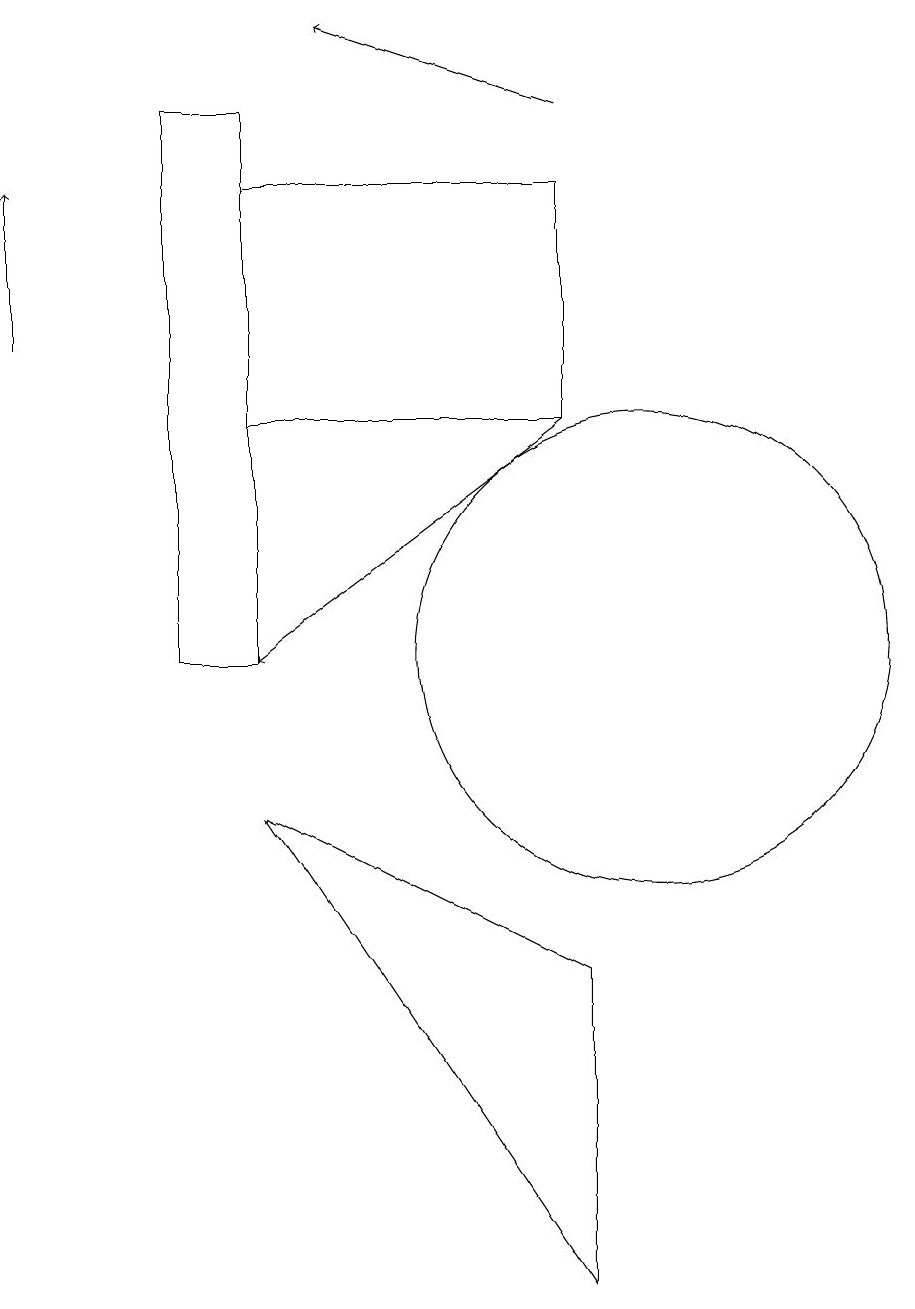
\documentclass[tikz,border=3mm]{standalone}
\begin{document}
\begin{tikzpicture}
\draw (5,8) -- (9,6) -- (9,2) -- cycle;
\draw (9,16) rectangle (5,13);
\draw[->] (9,17) -- (6,18);
\draw[->] (9,13) -- (5,10);
\draw[->] (2,14) -- (2,16);
\draw (4,17) rectangle (5,10);
\draw (10,10) circle (3);
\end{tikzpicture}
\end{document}